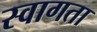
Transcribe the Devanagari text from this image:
स्वागता